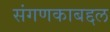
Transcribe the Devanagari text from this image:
संगणकाबद्दल